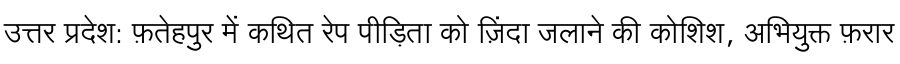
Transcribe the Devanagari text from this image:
उत्तर प्रदेश: फ़तेहपुर में कथित रेप पीड़िता को ज़िंदा जलाने की कोशिश, अभियुक्त फ़रार